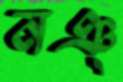
নঞ্